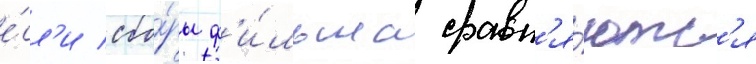
е́сл'и сбо́ры ф'и́льма сравн'я́ютс'я